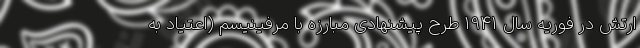
ارتش در فوریه سال 1941 طرح پیشنهادی مبارزه با مرفینیسم (اعتیاد به